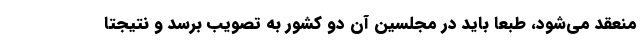
منعقد می‌شود، طبعاً باید در مجلسین آن دو کشور به تصویب برسد و نتیجتاً